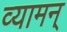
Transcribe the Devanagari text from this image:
व्यामन्